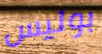
بوليس